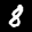
Label: 8